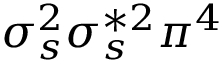
\sigma _ { s } ^ { 2 } \sigma _ { s } ^ { * 2 } \pi ^ { 4 }